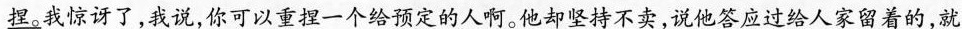
\underline{捏}。我惊讶了,我说,你可以重捏一个给预定的人啊。他却坚持不卖,说他答应过给人家留着的,就